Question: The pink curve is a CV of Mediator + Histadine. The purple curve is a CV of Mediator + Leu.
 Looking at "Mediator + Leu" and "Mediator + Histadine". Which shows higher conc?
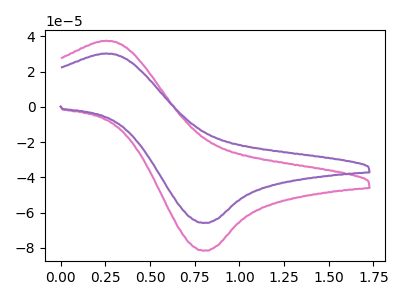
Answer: <think>The pink curve "Mediator + Histadine" has an anodic peak at (0.25V, 37.55uA) and a cathodic peak at (0.80V, -81.65uA). The purple curve "Mediator + Leu" has an anodic peak at (0.25V, 30.30uA) and a cathodic peak at (0.80V, -65.90uA).
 All the peaks in "Mediator + Leu" have a peak in "Mediator + Histadine" at the same potential. Every peak in "Mediator + Leu" is lower than every peak in "Mediator + Histadine".</think>
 <answer>"Mediator + Leu" has less signal than "Mediator + Histadine" and so likely has a lower concentration.</answer>
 <eval>less_concentration</eval>